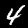
Label: 4